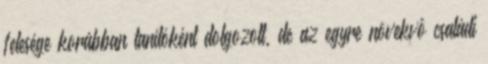
felesége korábban tanítóként dolgozott, de az egyre növekvô családi